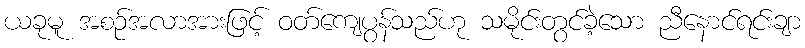
ယခုမူ အစဉ်အလာအားဖြင့် ဝတ်ကျေပွန်သည်ဟု သမိုင်းတွင်ခဲ့သော ညီနောင်ရင်းချာ